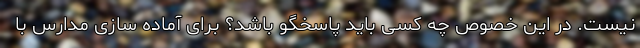
نیست. در این خصوص چه کسی باید پاسخگو باشد؟ برای آماده سازی مدارس با